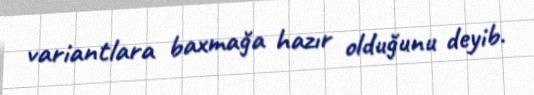
variantlara baxmağa hazır olduğunu deyib.